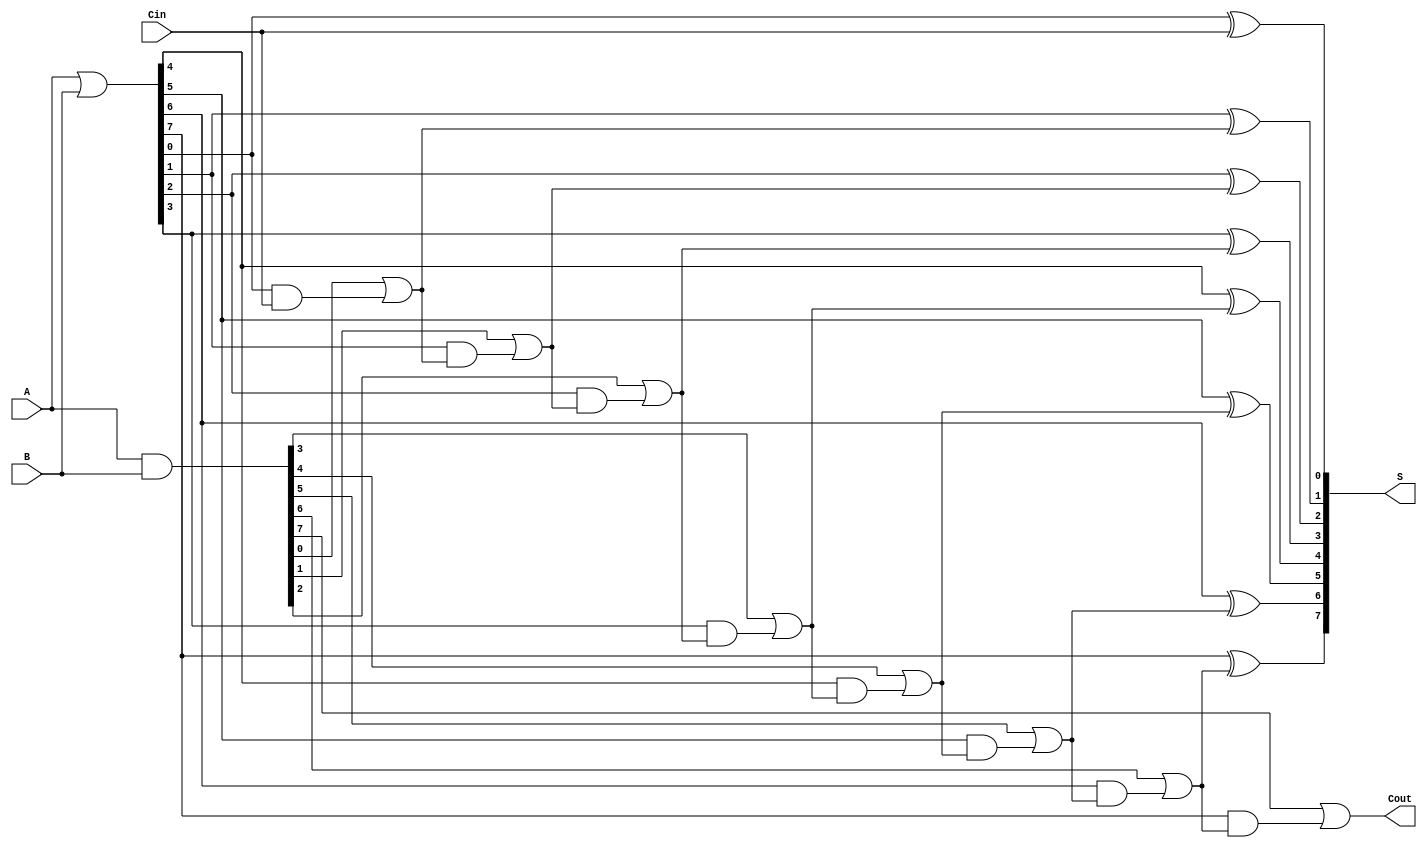
module KoggeStoneAdder #(parameter N = 8) (
    input  [N-1:0] A,       // First n-bit input
    input  [N-1:0] B,       // Second n-bit input
    input         Cin,      // Carry-in
    output [N-1:0] S,       // Sum output
    output        Cout       // Carry-out
);
    wire [N-1:0] G;         // Generate
    wire [N-1:0] P;         // Propagate
    wire [N:0] C;           // Carry bits (C[0] = Cin)

    // Generate and Propagate signals
    assign G = A & B;
    assign P = A | B;

    // Carry bits
    assign C[0] = Cin;

    // Stage 1: Calculate carries
    genvar i;
    generate
        for (i = 0; i < N; i = i + 1) begin: stage1
            assign C[i + 1] = G[i] | (P[i] & C[i]);
        end
    endgenerate

    // Sum Calculation
    generate
        for (i = 0; i < N; i = i + 1) begin: sum_calc
            assign S[i] = P[i] ^ C[i]; // S[i] = P[i] ^ C[i]
        end
    endgenerate

    // Carry-out
    assign Cout = C[N];

endmodule